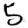
Digit: 5